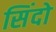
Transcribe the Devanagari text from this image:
सिंदो